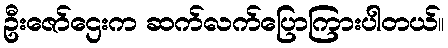
ဦးဇော်ဌေးက ဆက်လက်ပြောကြားပါတယ်။